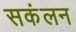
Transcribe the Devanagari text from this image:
सकंलन